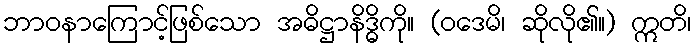
ဘာဝနာကြောင့်ဖြစ်သော အဓိဋ္ဌာနိဒ္ဓိကို။ (ဝဒေမိ၊ ဆိုလို၏။) ဣတိ၊